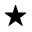
\star